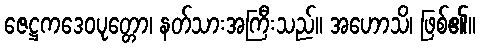
ဇေဋ္ဌကဒေဝပုတ္တော၊ နတ်သားအကြီးသည်။ အဟောသိ၊ ဖြစ်၏။